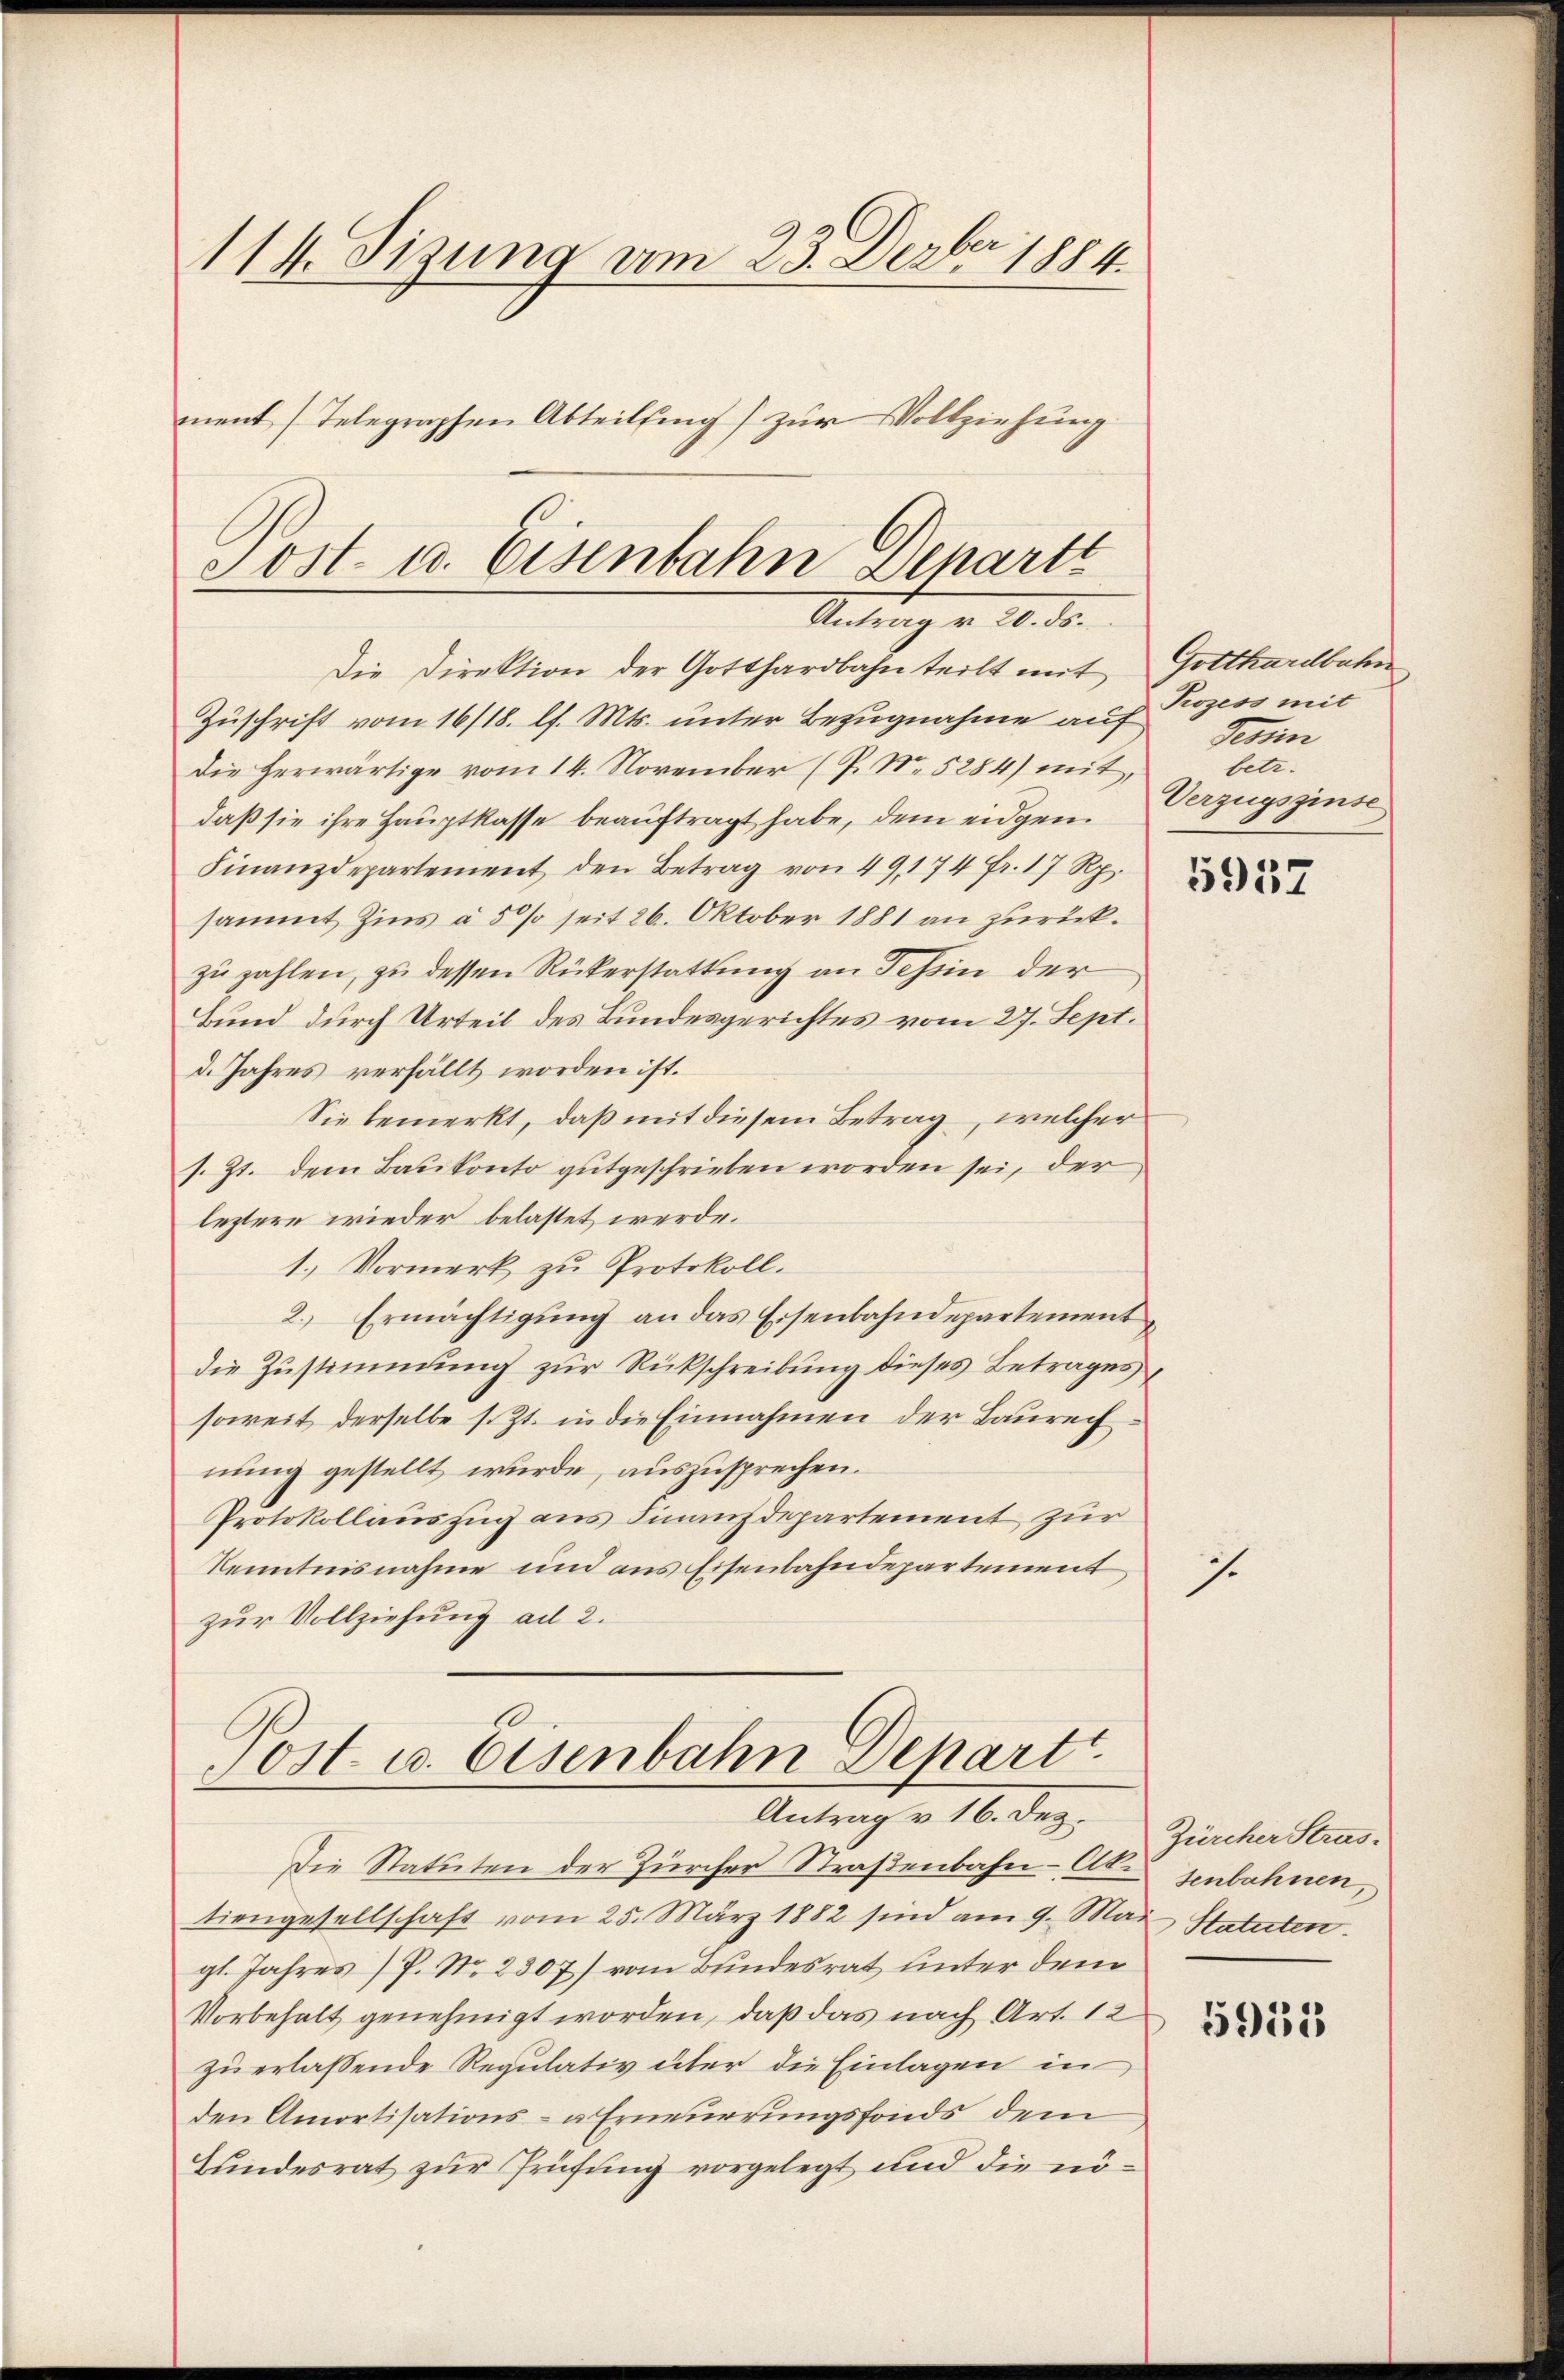
114. Sizung vom 23. Devber 1884.
ment Telegraphen Abteilŭng zŭr Vollziehŭng

Sost- u. Eisenbahn Depart
Antrag u. 20. ds.

Die Direktion der Gotthardbahn teilt mit Gotthardbahn
Zuschrift vom 16/18. l. Mts. unter Bezugnahme auf Prozess mit
Die herwärtige vom 14. November (P. No. 5284) mit,
daß sie ihre Hauptkasse beauftragt habe, dem eidgen
Finanzdepartement den Betrag von 49,174 fr. 17 Rp.
sammt Zins à 5% seit 26. Oktober 1881 an zurück.
zu zahlen, zu dessen Rükerstattung an Jehin der
Bund durch Urteil des Bundesgerichtes vom 27. Sept.
d. Jahres verfällt worden ist.
Sie bemerkt, daß mit diesem Betrag, welcher
s. Zt. dem Baukonto gutgeschrieben worden sei, der
leztere wieder belastet werde.
1.) Vormerk zu Protokoll.
2.) Ermächtigung an das Eisenbahndepartement
die Zustimmung zur Rückschreibung dieses Betrages
soweit derselbe s. Zt. in die Einnahmen der Baurechnung gestellt wurde, auszusprechen.
Protokollauszug aus Finanzdepartement zur
Kenntnisnahme und aus Eisenbahndepartement
zur Vollziehung ad 2.

10
ost u. Eisenbahn Depart
Antrag v. 16. Dez.

Die Statuten der Zürcher Straßenbahn-Ate senbahnen,
tiengesellschaft vom 25. März 1882 sind am 9. Mai Statuten.
gl. Jahres P. Nr. 2307) vom Bundesrat unter dem
Vorbehalt genehmigt worden, daß das nach Art. 12
zu erlassende Regulativ über die Einlagen in
den Amortisations- u Erneuerungsfonds dem
Bundesrat zur Prüfung vorgelegt und die nö¬

Gesin
betr.
Verzugszinse

5957

Zürcher Stras.

.

5955